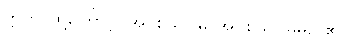
ဣတိ၊ ထို့ကြောင့်။ အပစယဂါမိ၊ အပစယဂါမိမည်၏။